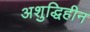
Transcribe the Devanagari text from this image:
अशुद्धिहीन